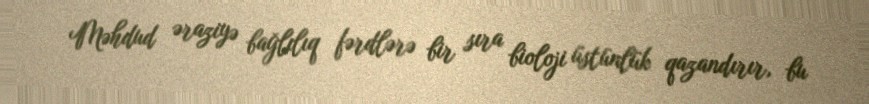
Məhdud əraziyə bağlılıq fərdlərə bir sıra bioloji üstünlük qazandırır, bu